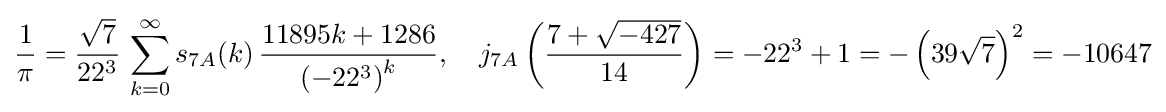
{\frac {1}{\pi }}={\frac {\sqrt {7}}{22^{3}}}\,\sum _{k=0}^{\infty }s_{7A}(k)\,{\frac {11895k+1286}{\left(-22^{3}\right)^{k}}},\quad j_{7A}\left({\frac {7+{\sqrt {-427}}}{14}}\right)=-22^{3}+1=-\left(39{\sqrt {7}}\right)^{2}=-10647